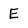
Character: E